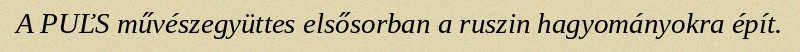
A PUĽS művészegyüttes elsősorban a ruszin hagyományokra épít.